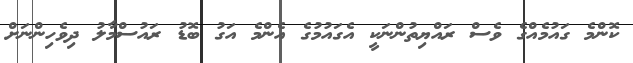
ކޮންމެ ގައުމެއްގެ ވެސް ރައްޔިތުންނަކީ އެގައުމުގެ އެންމެ އަގު ބޮޑު ރައުސްމާލު ދިވެހިންނަށް